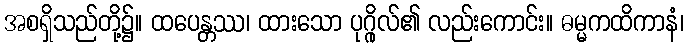
အစရှိသည်တို့၌။ ထပေန္တဿ၊ ထားသော ပုဂ္ဂိုလ်၏ လည်းကောင်း။ ဓမ္မကထိကာနံ၊